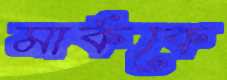
মার্ককে